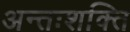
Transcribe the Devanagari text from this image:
अन्तःशक्ति